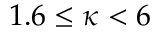
1 . 6 \leq \kappa < 6